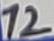
Text: 12